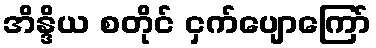
အိန္ဒိယ စတိုင် ငှက်ပျောကြော်